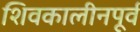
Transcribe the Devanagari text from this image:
शिवकालीनपूर्व